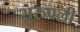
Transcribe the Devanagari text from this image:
सुरुपली